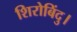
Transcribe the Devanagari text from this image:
शिरोबिंदु।